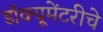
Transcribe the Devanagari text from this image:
डॉक्यूमेंटरीचे